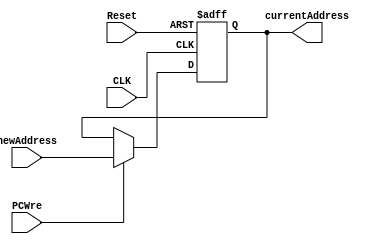
`timescale 1ns / 1ps

module PC (
    input             CLK,            // 
    input             Reset,          // 
    input             PCWre,          // PC0PC
    input      [31:0] newAddress,     // 
    
    output reg [31:0] currentAddress  // 
);

    initial begin
        currentAddress <= 0;  // 
    end

    always @(posedge CLK or posedge Reset) begin
        if (Reset == 1) currentAddress <= 0;  // 0
        else begin
            if (PCWre) currentAddress <= newAddress;
            else currentAddress <= currentAddress;
        end
    end

endmodule